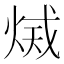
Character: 𤉫